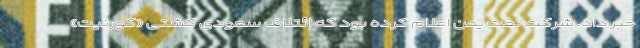
خبر داد. شرکت نفت یمن اعلام کرده بود که ائتلاف سعودی کشتی «کورنیت»